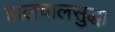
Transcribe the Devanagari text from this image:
हालचालसुद्धा